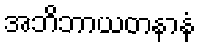
အဘိဘာယတနာနံ